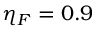
\eta _ { F } = 0 . 9